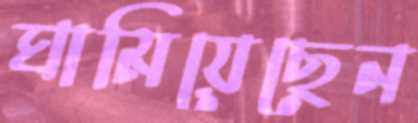
ঘামিয়েছেন